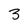
Character: 3